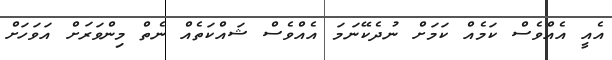
އެއީ އެއްވެސް ކަމެއް ކަމަށް ނުދެކޭނަމަ އެއްވެސް ޝައްކަތެއް ނެތް މިންވަރަށް އަވަހަށް